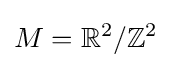
M=\mathbb {R} ^{2}/\mathbb {Z} ^{2}